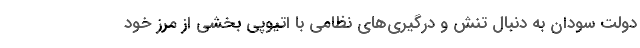
دولت سودان به دنبال تنش و درگیری‌های نظامی با اتیوپی بخشی از مرز خود